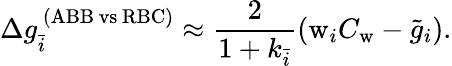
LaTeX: \Delta g_{\bar{i}}^{\ (\mathrm{ABB\, vs\, RBC})}\approx\frac{2}{1+k_{\bar{i}}}\left(\mathrm{w}_{i}C_{\mathrm{w}}-\tilde{g}_{i}\right).